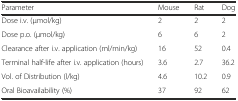
<table><thead><tr><td><b>Parameter</b></td><td><b>Mouse</b></td><td><b>Rat</b></td><td><b>Dog</b></td></tr></thead><tbody><tr><td>Dose i.v. (μmol/kg)</td><td>2</td><td>2</td><td>2</td></tr><tr><td>Dose p.o. (μmol/kg)</td><td>6</td><td>6</td><td>2</td></tr><tr><td>Clearance after i.v. application (ml/min/kg)</td><td>16</td><td>52</td><td>0.4</td></tr><tr><td>Terminal half-life after i.v. application (hours)</td><td>3.6</td><td>2.7</td><td>36.2</td></tr><tr><td>Vol. of Distribution (l/kg)</td><td>4.6</td><td>10.2</td><td>0.9</td></tr><tr><td>Oral Bioavailability (%)</td><td>37</td><td>92</td><td>62</td></tr></tbody></table>